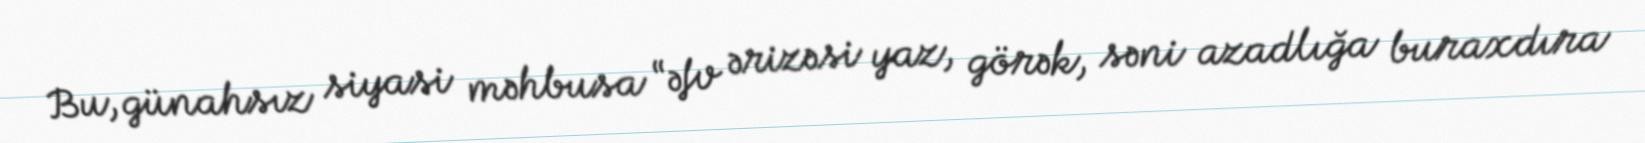
Bu, günahsız siyasi məhbusa “əfv ərizəsi yaz, görək, səni azadlığa buraxdıra